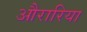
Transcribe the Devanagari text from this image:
औरारिया